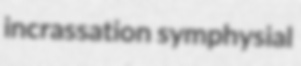
incrassation symphysial